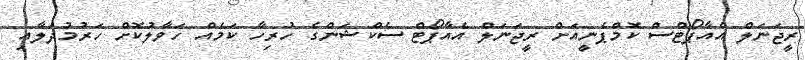
ރީޖަނަލް އެއާޕޯޓްސް ކޮމްޕެނީއަށް ރީޖަނަލް އެއާޕޯޓް ސެކްޝަންގެ ހުރިހާ ކަމެއް ހަވާލުކޮށް ހަރުމުދަލާއި